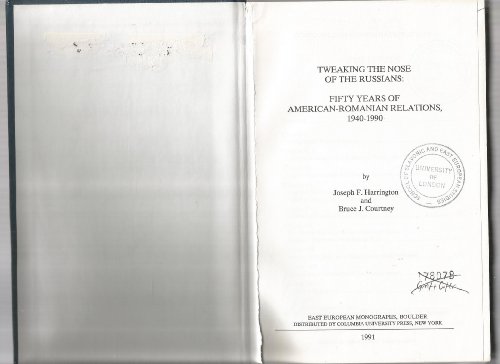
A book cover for Tweaking the Nose of the Russians; Joseph Harrington; History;